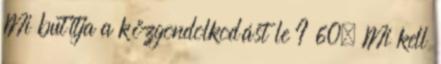
Mi butítja a közgondolkodást le ? 60. Mi kell